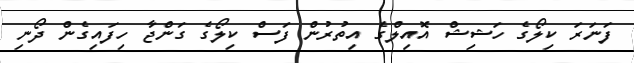
ފަނަރަ ކިލޯގެ ހަޝިޝް އޮއިލްގެ އިތުރުން ފަސް ކިލޯގެ ގަންޖާ ހިފައިގެން ދޯނި